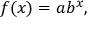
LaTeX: f ( x ) = a b ^ { x } ,